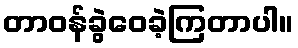
တာဝန်ခွဲဝေခဲ့ကြတာပါ။